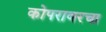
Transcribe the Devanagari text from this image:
कोपरावरचा